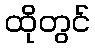
ထိုတွင်